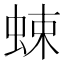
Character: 𧋐